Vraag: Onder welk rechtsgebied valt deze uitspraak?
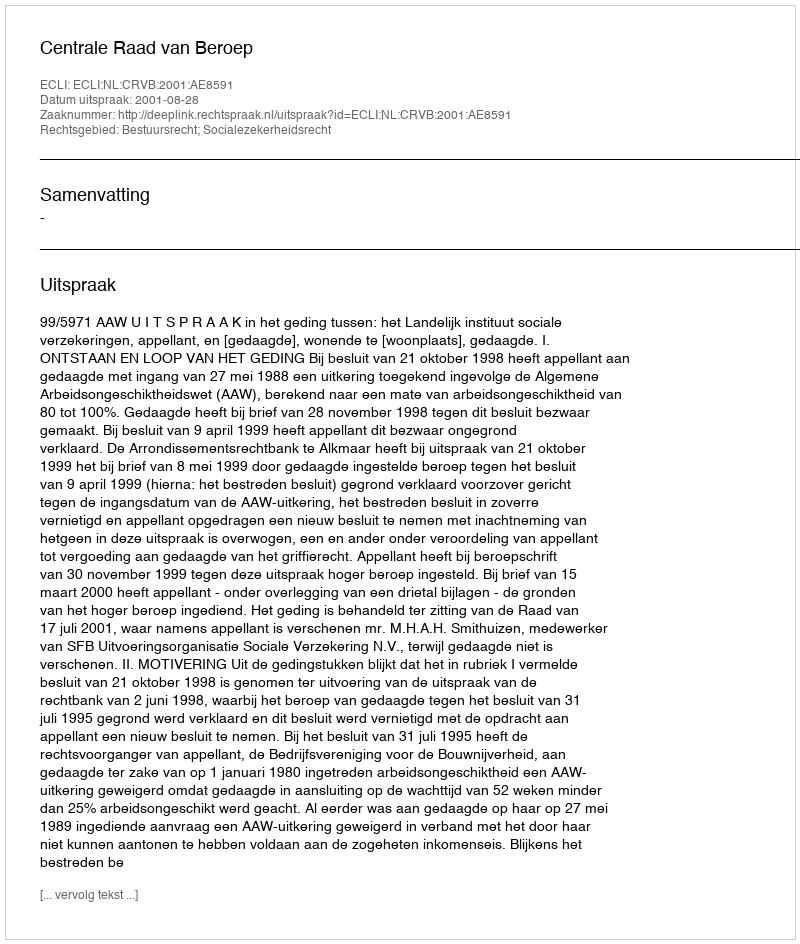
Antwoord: Bestuursrecht; Socialezekerheidsrecht